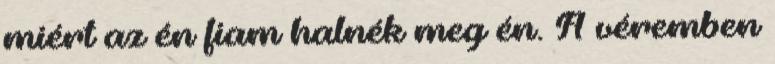
miért az én fiam halnék meg én. A véremben